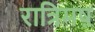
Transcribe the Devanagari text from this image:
रात्रिमष़